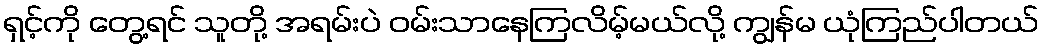
ရှင့်ကို တွေ့ရင် သူတို့ အရမ်းပဲ ဝမ်းသာနေကြလိမ့်မယ်လို့ ကျွန်မ ယုံကြည်ပါတယ်